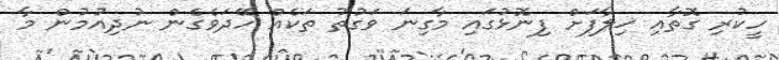
ހީކުރި ގޮތާއި ޚިލާފަށް ފިނޮޅުގައި މާގިނަ ވަގުތު ތަކެއް ހޭދަވެގެން ނުދިއުމުން މާ